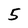
Character: 5